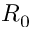
R _ { 0 }